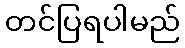
တင်ပြရပါမည်